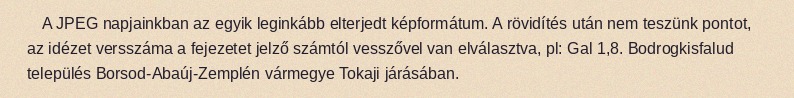
A JPEG napjainkban az egyik leginkább elterjedt képformátum. A rövidítés után nem teszünk pontot, az idézet versszáma a fejezetet jelző számtól vesszővel van elválasztva, pl: Gal 1,8. Bodrogkisfalud település Borsod-Abaúj-Zemplén vármegye Tokaji járásában.